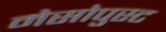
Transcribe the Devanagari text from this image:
मेसोपुस्ट